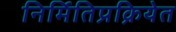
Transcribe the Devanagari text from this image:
निर्मितिप्रक्रियेत